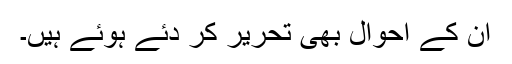
اُن کے احوال بھی تحریر کر دئے ہُوئے ہیں۔